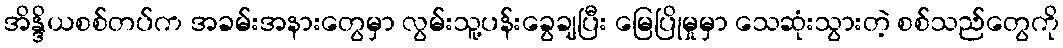
အိန္ဒိယစစ်တပ်က အခမ်းအနားတွေမှာ လွမ်းသူ့ပန်းခွေချပြီး မြေပြိုမှုမှာ သေဆုံးသွားတဲ့ စစ်သည်တွေကို